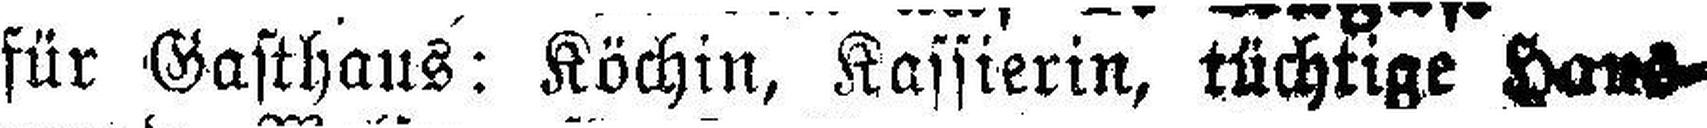
für Gasthaus: Köchin, Kassierin, tüchtige Haus¬